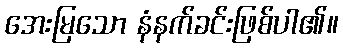
အေးမြသော နံနက်ခင်းဖြစ်ပါ၏။